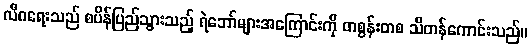
လီဂရေးသည် စပိန်ပြည်သွားသည့် ရဲဘော်များအကြောင်းကို တစွန်းတစ သိတန်ကောင်းသည်။